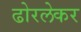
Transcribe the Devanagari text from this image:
ढोरलेकर